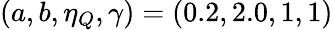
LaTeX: (a,b,\eta_{Q},\gamma)=(0.2,2.0,1,1)